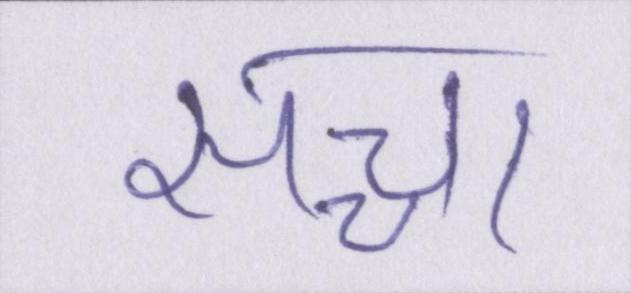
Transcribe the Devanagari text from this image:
सच्चा